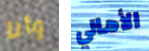
وأنا الأهالي